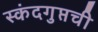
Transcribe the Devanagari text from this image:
स्कंदगुप्तची